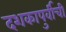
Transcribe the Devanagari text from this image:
दशकापुर्वीची